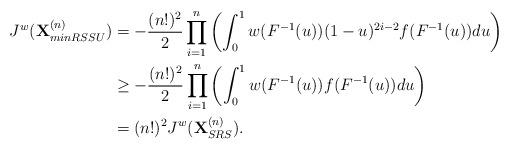
LaTeX: \begin{align*}J^w(\textbf{X}_{minRSSU}^{(n)}) &= -\frac{(n!)^2}{2}\prod_{i=1}^{n}\left(\int_{0}^{1}w(F^{-1}(u)) (1-u)^{2i-2}f(F^{-1}(u))du\right) \\& \geq -\frac{(n!)^2}{2}\prod_{i=1}^{n}\left(\int_{0}^{1}w(F^{-1}(u)) f(F^{-1}(u))du\right)\\&= (n!)^2 J^w(\textbf{X}_{SRS}^{(n)}).\end{align*}